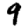
Digit: 9